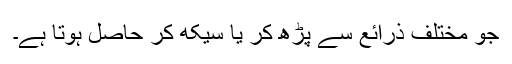
جو مختلف ذرائع سے پڑھ کر یا سیکھ کر حاصل ہوتا ہے۔